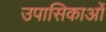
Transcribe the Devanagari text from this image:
उपासिकाओं